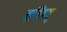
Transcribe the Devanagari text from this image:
ङीप्